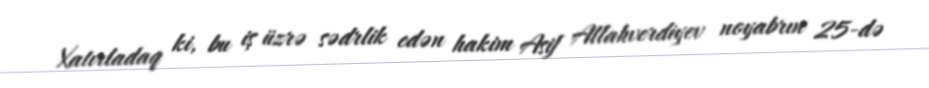
Xatırladaq ki, bu iş üzrə sədrlik edən hakim Asif Allahverdiyev noyabrın 25-də